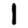
Digit: 1